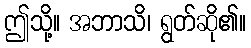
ဤသို့။ အဘာသိ၊ ရွတ်ဆို၏။